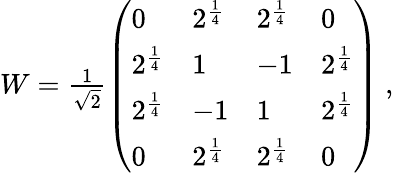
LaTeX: \begin{array}{r}{W=\frac{1}{\sqrt{2}}\left(\begin{array}{llll}{0}&{2^{\frac 14}}&{2^{\frac 14}}&{0}\\ {2^{\frac 14}}&{1}&{-1}&{2^{\frac 14}}\\ {2^{\frac 14}}&{-1}&{1}&{2^{\frac 14}}\\ {0}&{2^{\frac 14}}&{2^{\frac 14}}&{0}\end{array}\right)\ ,}\end{array}